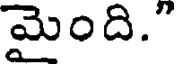
మైంది."